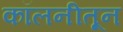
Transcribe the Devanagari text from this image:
कॉलनीतून